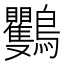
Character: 𪈴